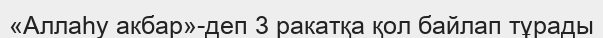
«Аллаһу акбар»-деп 3 ракатқа қол байлап тұрады